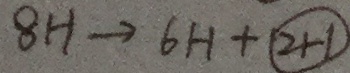
8 H \rightarrow 6 H + \textcircled { 2 H }